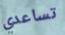
تساعدي